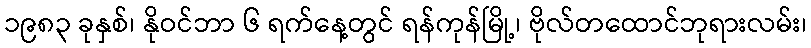
၁၉၈၃ ခုနှစ်၊ နိုဝင်ဘာ ၆ ရက်နေ့တွင် ရန်ကုန်မြို့၊ ဗိုလ်တထောင်ဘုရားလမ်း၊